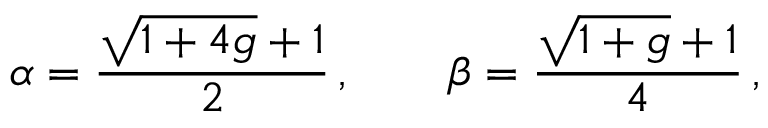
\alpha = \frac { \sqrt { 1 + 4 g } + 1 } { 2 } \, , \qquad \beta = \frac { \sqrt { 1 + g } + 1 } { 4 } \, ,